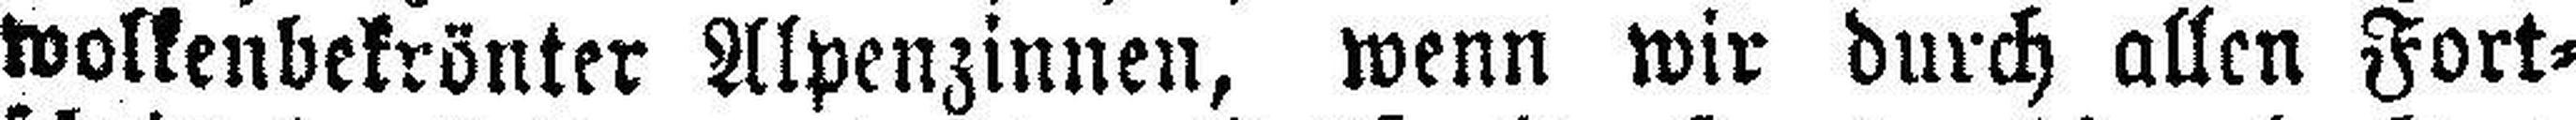
wolkenbekrönter Alpenzinnen, wenn wir durch allen Fort¬